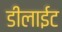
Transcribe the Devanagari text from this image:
डीलाईट